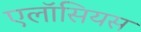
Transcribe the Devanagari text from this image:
एलॉसियस